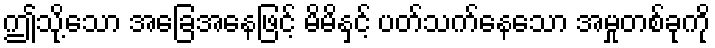
ဤသို့သော အခြေအနေဖြင့် မိမိနှင့် ပတ်သက်နေသော အမှုတစ်ခုကို